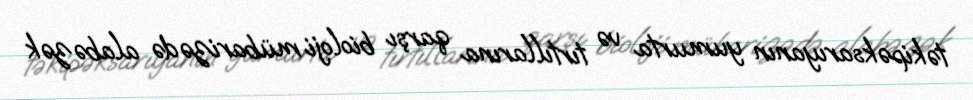
təkipəksarıyanın yumurta və tırtıllarına qarşı bioloji mübarizədə alabəzək